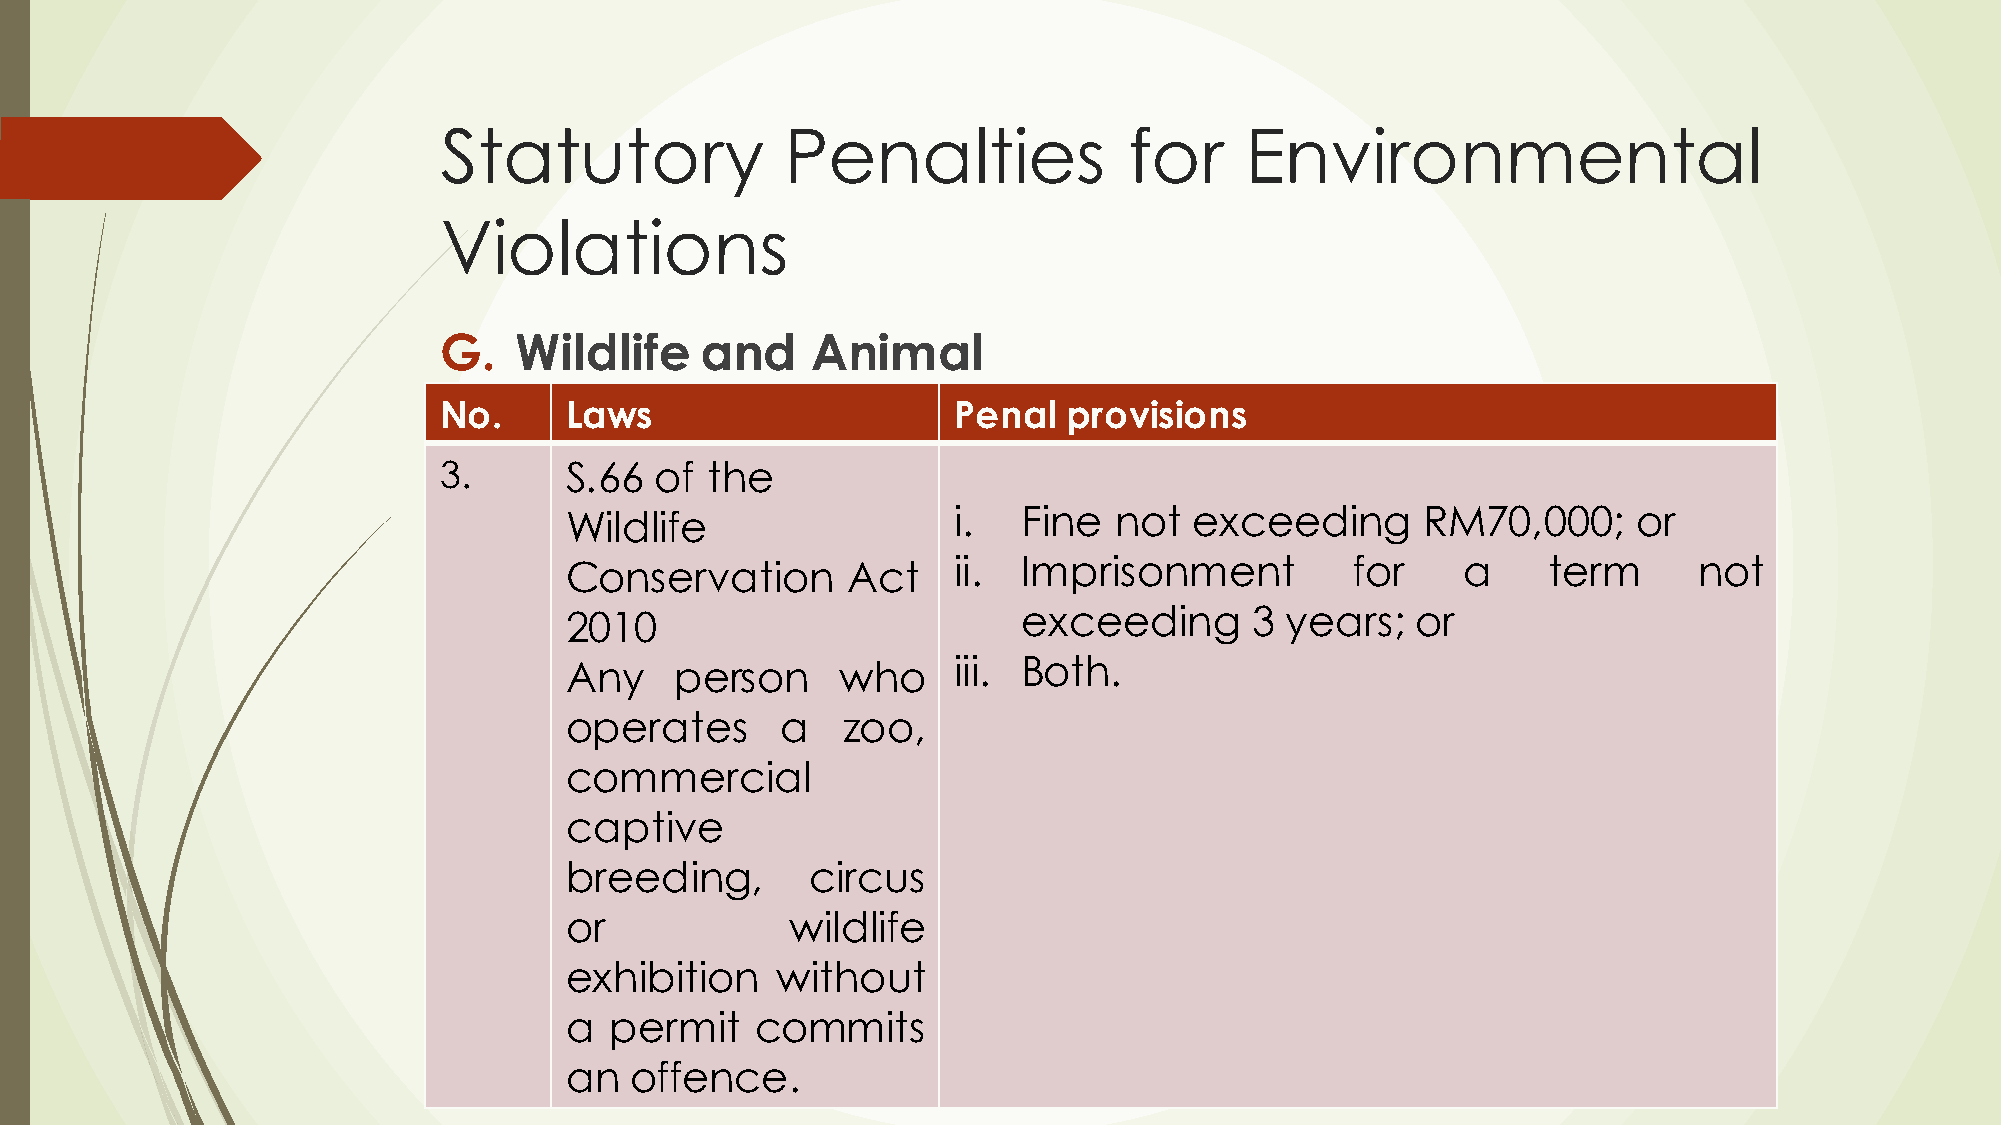
Statutory              Penalties              for    Environmental
 Violations
 G.   Wildlife    and     Animal
 No.     Laws                      Penal   provisions
 3.      S.66  of  the
 Wildlife                  i.   Fine  not  exceeding      RM70,000;     or
 Conservation       Act    ii.  Imprisonment         for     a    term      not
 2010                           exceeding      3 years;   or
 Any     person    who     iii. Both.
 operates       a   zoo,
 commercial
 captive
 breeding,        circus
 or             wildlife
 exhibition    without
 a  permit    commits
 an   offence.